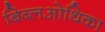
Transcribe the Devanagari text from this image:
बिब्लओथिका